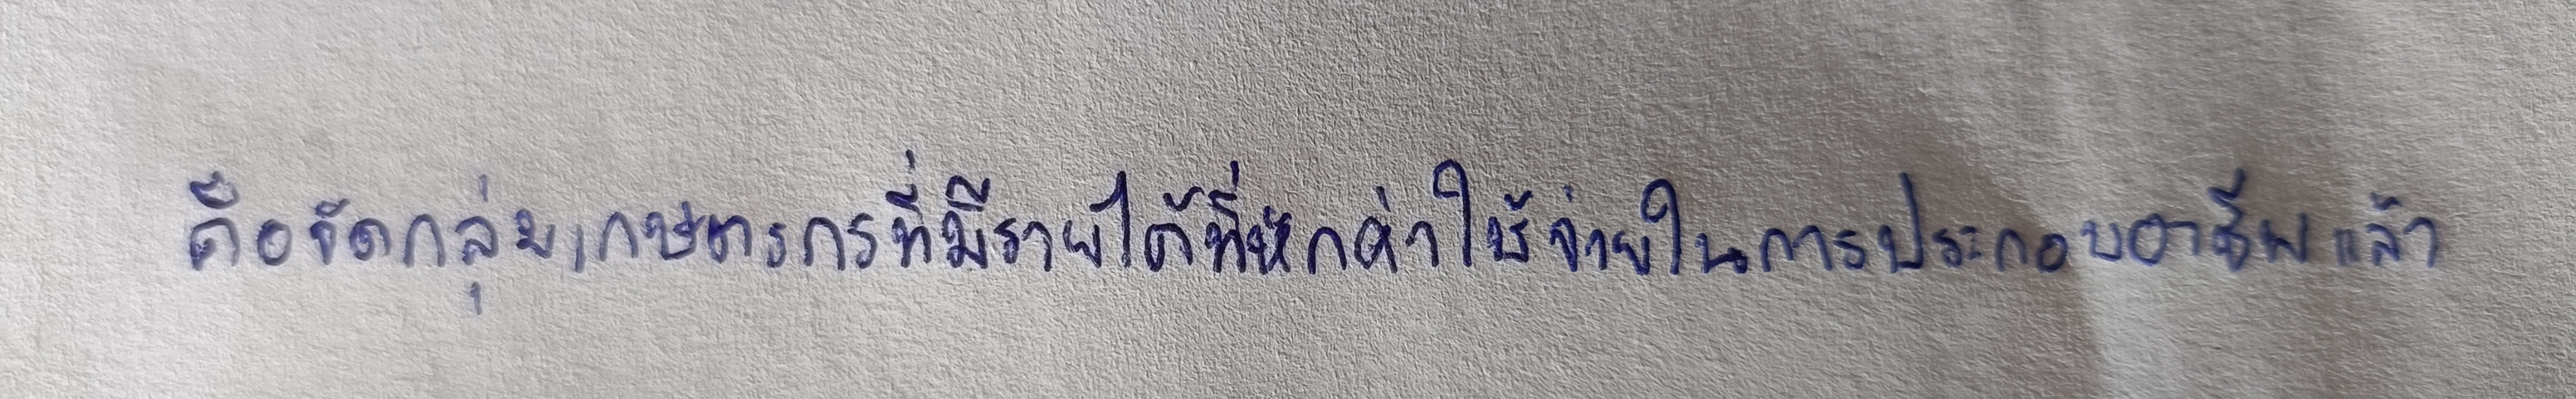
คือจัดกลุ่มเกษตรกรที่มีรายได้ที่หักค่าใช้จ่ายในการประกอบอาชีพแล้ว